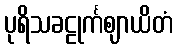
ပုရိသခဠုင်္ကဈာယိတံ